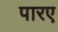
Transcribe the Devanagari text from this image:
पारए